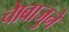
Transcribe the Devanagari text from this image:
चाेबाजुने